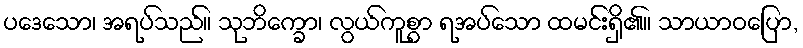
ပဒေသော၊ အရပ်သည်။ သုဘိက္ခော၊ လွယ်ကူစွာ ရအပ်သော ထမင်းရှိ၏။ သာယာဝပြော,